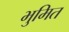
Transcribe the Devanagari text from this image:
भुमित